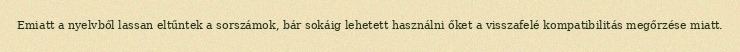
Emiatt a nyelvből lassan eltűntek a sorszámok, bár sokáig lehetett használni őket a visszafelé kompatibilitás megőrzése miatt.